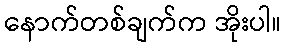
နောက်တစ်ချက်က အိုးပါ။